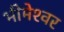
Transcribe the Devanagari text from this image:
भीमेश्‍वर